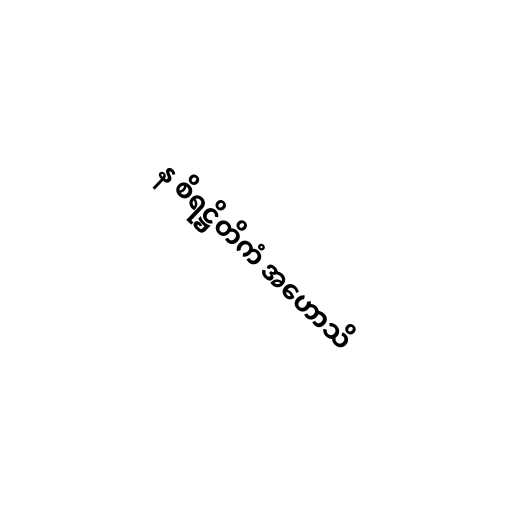
န စိရဋ္ဌိတိကံ အဟောသိ